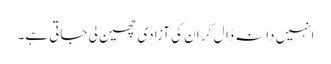
انہیں دانہ ڈال کر ان کی آزادی چھین لی جاتی ہے۔